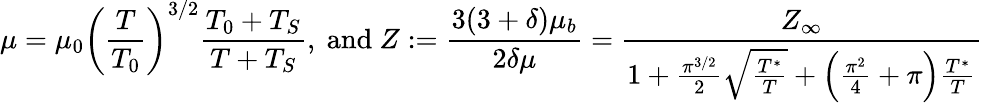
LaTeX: \mu=\mu_{0}\left(\frac{T}{T_{0}}\right)^{3/2}\frac{T_{0}+T_{S}}{T+T_{S}}\mathrm{,~and~}Z:=\frac{3(3+\delta)\mu_{b}}{2\delta\mu}=\frac{Z_{\infty}}{1+\frac{\pi^{3/2}}{2}\sqrt{\frac{T^{*}}{T}}+\left(\frac{\pi^{2}}{4}+\pi\right)\frac{T^{*}}{T}}